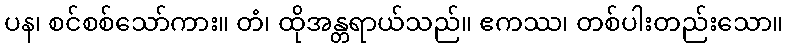
ပန၊ စင်စစ်သော်ကား။ တံ၊ ထိုအန္တရာယ်သည်။ ဧကဿ၊ တစ်ပါးတည်းသော။